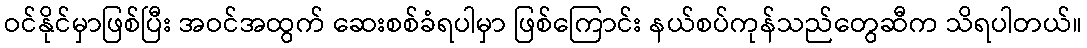
ဝင်နိုင်မှာဖြစ်ပြီး အဝင်အထွက် ဆေးစစ်ခံရပါမှာ ဖြစ်ကြောင်း နယ်စပ်ကုန်သည်တွေဆီက သိရပါတယ်။